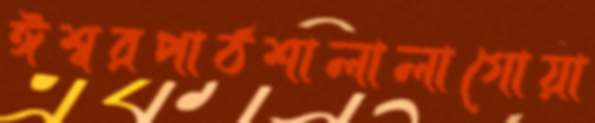
ঈশ্বরপাঠশালালাগোয়া